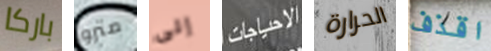
باركا مترو إلى الاحياجات الحرارة اقذف